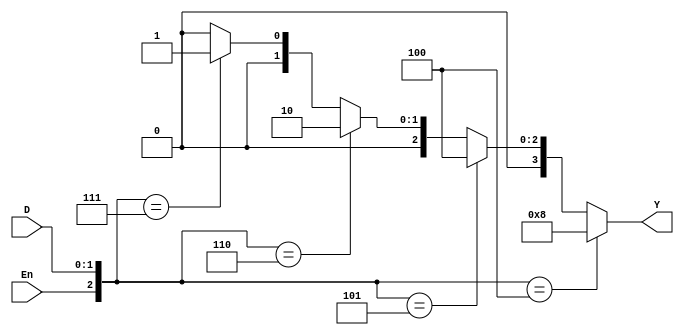
module dec2to4(D,En,Y);
	input [1:0]D;
	input En;
	output [0:3]Y;
	wire [2:0]i;
	reg [0:3]Y;
	
	assign i={En,D};
	always@(D or En)
	begin
		if(i==3'b100)
			Y=4'b1000;
		else if(i==3'b101)
			Y=4'b0100;
		else if(i==3'b110)
			Y=4'b0010;
		else if(i==3'b111)
			Y=4'b0001;
		else
			Y=4'b0000;
	end
endmodule